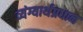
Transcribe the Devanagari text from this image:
व्यंग्यार्थप्रधान